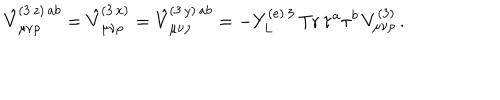
\hat { V } _ { \mu \nu \rho } ^ { ( 3 \, z ) \, a b } = \hat { V } _ { \mu \nu \rho } ^ { ( 3 \, x ) } = \hat { V } _ { \mu \nu \rho } ^ { ( 3 \, y ) \, a b } = - Y _ { L } ^ { ( e ) \, 3 } \, \mathrm { T r } \, \tau ^ { a } \tau ^ { b } \, V _ { \mu \nu \rho } ^ { ( 3 ) } \, .